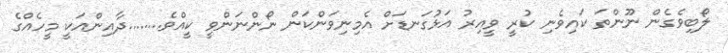
ލޯބިވެގެން ނޫންތަ ކައިވެނި ކުރީ ވީއިރު އަޅުގަނޑަށް އެމިނިވަންކަން ނޯންނަންވީ ކީއްވެ........ދާއިންއަކީ މީހެއްގެ